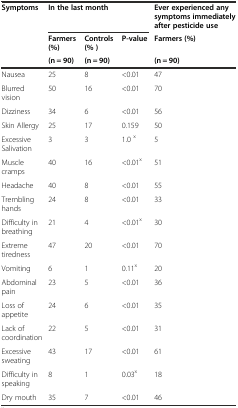
<table><thead><tr><td rowspan="3"><b>Symptoms</b></td><td colspan="3"><b>In the last month</b></td><td><b>Ever experienced any symptoms immediately after pesticide use</b></td></tr><tr><td><b>Farmers (%)</b></td><td><b>Controls (% )</b></td><td rowspan="2"><b>P-value</b></td><td><b>Farmers (%)</b></td></tr><tr><td><b>(n = 90)</b></td><td><b>(n = 90)</b></td><td><b>(n = 90)</b></td></tr></thead><tbody><tr><td>Nausea</td><td>25</td><td>8</td><td>&lt;0.01</td><td>47</td></tr><tr><td>Blurred vision</td><td>50</td><td>16</td><td>&lt;0.01</td><td>70</td></tr><tr><td>Dizziness</td><td>34</td><td>6</td><td>&lt;0.01</td><td>56</td></tr><tr><td>Skin Allergy</td><td>25</td><td>17</td><td>0.159</td><td>50</td></tr><tr><td>Excessive Salivation</td><td>3</td><td>3</td><td>1.0 <sup>x</sup></td><td>5</td></tr><tr><td>Muscle cramps</td><td>40</td><td>16</td><td>&lt;0.01<sup>x</sup></td><td>51</td></tr><tr><td>Headache</td><td>40</td><td>8</td><td>&lt;0.01</td><td>55</td></tr><tr><td>Trembling hands</td><td>24</td><td>8</td><td>&lt;0.01</td><td>33</td></tr><tr><td>Difficulty in breathing</td><td>21</td><td>4</td><td>&lt;0.01<sup>x</sup></td><td>30</td></tr><tr><td>Extreme tiredness</td><td>47</td><td>20</td><td>&lt;0.01</td><td>70</td></tr><tr><td>Vomiting</td><td>6</td><td>1</td><td>0.11<sup>x</sup></td><td>20</td></tr><tr><td>Abdominal pain</td><td>23</td><td>5</td><td>&lt;0.01</td><td>36</td></tr><tr><td>Loss of appetite</td><td>24</td><td>6</td><td>&lt;0.01</td><td>35</td></tr><tr><td>Lack of coordination</td><td>22</td><td>5</td><td>&lt;0.01</td><td>31</td></tr><tr><td>Excessive sweating</td><td>43</td><td>17</td><td>&lt;0.01</td><td>61</td></tr><tr><td>Difficulty in speaking</td><td>8</td><td>1</td><td>0.03<sup>x</sup></td><td>18</td></tr><tr><td>Dry mouth</td><td>35</td><td>7</td><td>&lt;0.01</td><td>46</td></tr></tbody></table>